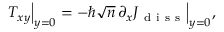
\begin{array} { r } { T _ { x y } \Big | _ { y = 0 } = - \hbar \sqrt { n } \, \partial _ { x } J _ { \mathrm { ~ d ~ i ~ s ~ s ~ } } \Big | _ { y = 0 } , } \end{array}